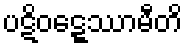
ပဋိဝဋ္ဋေဿာမီတိ